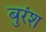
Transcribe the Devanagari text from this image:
बुरंश